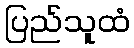
ပြည်သူထံ